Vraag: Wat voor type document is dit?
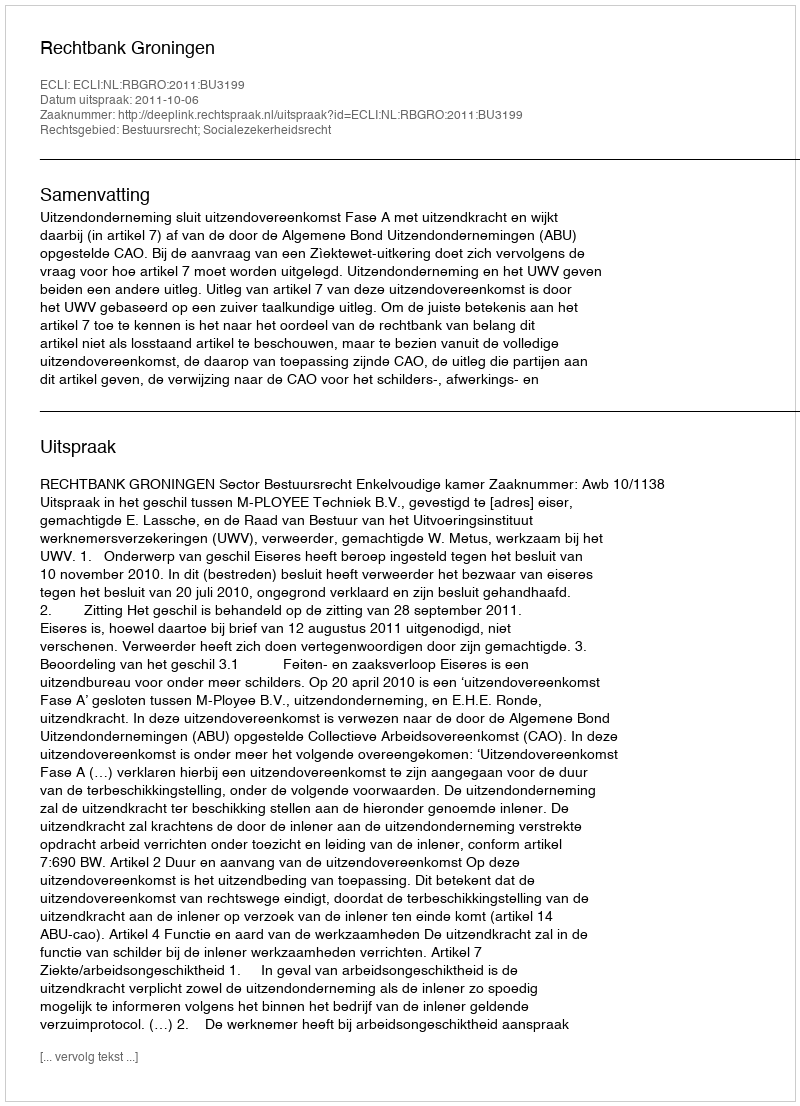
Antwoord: Uitspraak